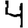
Digit: 4